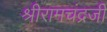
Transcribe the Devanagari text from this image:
श्रीरामचंद्रजी